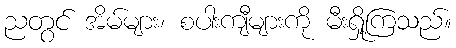
ညတွင် အိမ်များ၊ စပါးကျီများကို မီးရှို့ကြသည်။